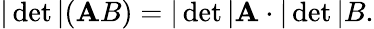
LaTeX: |\operatorname*{det}|(\mathbf{A}B)=|\operatorname*{det}|\mathbf{A}\cdot|\operatorname*{det}|B.